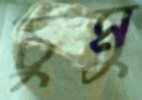
চুমু